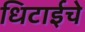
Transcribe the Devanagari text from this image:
धिटाईचे